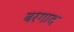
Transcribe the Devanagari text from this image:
बरगाद